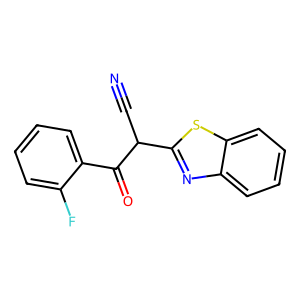
SMILES: N#CC(C(=O)c1ccccc1F)c1nc2ccccc2s1
Inhibits HIV replication: No